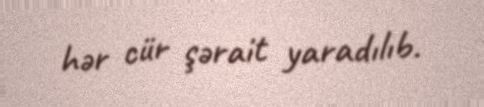
hər cür şərait yaradılıb.